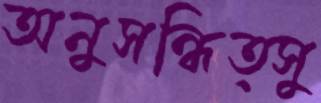
অনুসন্ধিত্সু